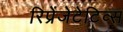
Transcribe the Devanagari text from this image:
रिप्रेंजेटेटिव्स